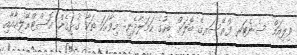
ވިލިއަމް ސެނެޓަރ ފްރޭސަރގެ ބޮލަށް ބިހުގެ ހަމަލާދެނީ: މިވާހަކަ ތަކާ ގުޅިގެން އޮސްޓްރޭލިއާއާއި